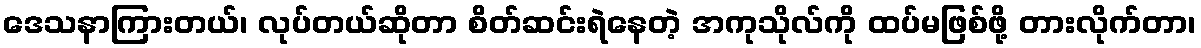
ဒေသနာကြားတယ်၊ လုပ်တယ်ဆိုတာ စိတ်ဆင်းရဲနေတဲ့ အကုသိုလ်ကို ထပ်မဖြစ်ဖို့ တားလိုက်တာ၊